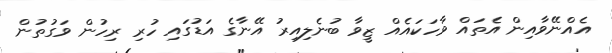
އެއްނޭވާއިން އެތައް ވާހަކައެއް ޒީވާ ބުނެލިއިރު އޭނާގެ އަޑުގައި ހުރި ރިހުން ވަގުތުން